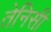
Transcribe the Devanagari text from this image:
तेनिसी